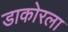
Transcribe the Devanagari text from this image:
डाकोरला